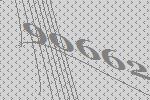
90662